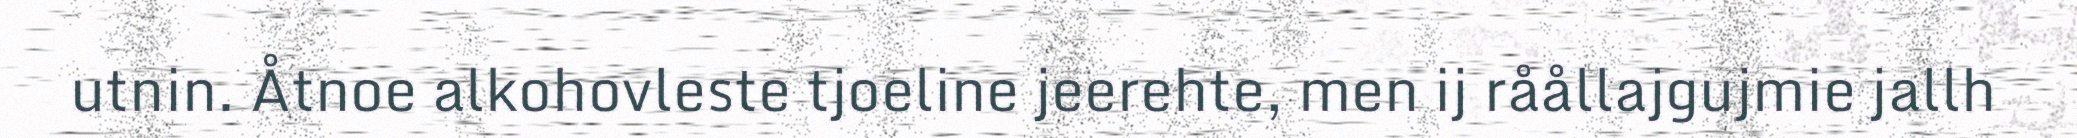
utnin. Åtnoe alkohovleste tjoeline jeerehte, men ij råållajgujmie jallh